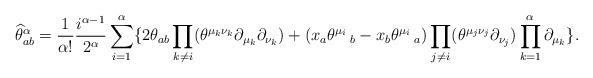
LaTeX: \begin{align*}\widehat{\theta}_{ab}^{\alpha}= \frac{1}{\alpha!}\frac{i^{\alpha -1}}{2^{\alpha}}\sum_{i=1}^{\alpha}\{2\theta_{ab}\prod_{k\ne i}(\theta^{\mu_{k} \nu_{k}}\partial_{\mu_k}\partial_{\nu_k})+(x_a \theta^{\mu_i}\,_{b}-x_b \theta^{\mu_i}\,_{a})\prod_{j\ne i}(\theta^{\mu_{j} \nu_{j}}\partial_{\nu_j})\prod_{k=1}^{\alpha}\partial_{\mu_k}\}.\end{align*}